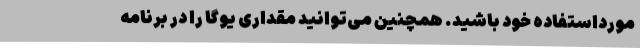
مورداستفاده خود باشید. همچنین می‌توانید مقداری یوگا را در برنامه